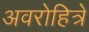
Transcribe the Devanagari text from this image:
अवरोहित्रे